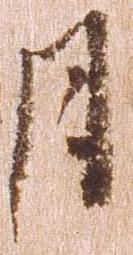
月